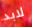
لابد